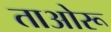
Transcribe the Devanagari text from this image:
ताओरू